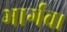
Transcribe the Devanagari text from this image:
भार्गव।